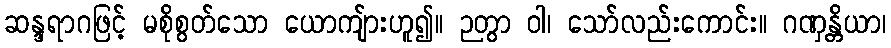
ဆန္ဒရာဂဖြင့် မစိုစွတ်သော ယောကျ်ားဟူ၍။ ဉတွာ ဝါ၊ သော်လည်းကောင်း။ ဂဏှန္တိယာ၊